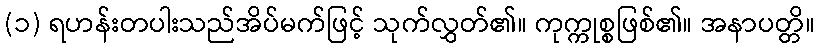
(၁) ရဟန်းတပါးသည်အိပ်မက်ဖြင့် သုက်လွှတ်၏။ ကုက္ကုစ္စဖြစ်၏။ အနာပတ္တိ။